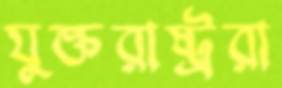
যুক্তরাষ্ট্ররা